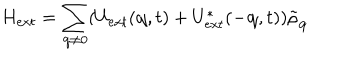
H _ { e x t } = \sum _ { { \bf { q } } \neq 0 } ( U _ { e x t } ( { \bf { q } } , t ) + U _ { e x t } ^ { * } ( - { \bf { q } } , t ) ) { \tilde { \rho } } _ { { \bf { q } } }